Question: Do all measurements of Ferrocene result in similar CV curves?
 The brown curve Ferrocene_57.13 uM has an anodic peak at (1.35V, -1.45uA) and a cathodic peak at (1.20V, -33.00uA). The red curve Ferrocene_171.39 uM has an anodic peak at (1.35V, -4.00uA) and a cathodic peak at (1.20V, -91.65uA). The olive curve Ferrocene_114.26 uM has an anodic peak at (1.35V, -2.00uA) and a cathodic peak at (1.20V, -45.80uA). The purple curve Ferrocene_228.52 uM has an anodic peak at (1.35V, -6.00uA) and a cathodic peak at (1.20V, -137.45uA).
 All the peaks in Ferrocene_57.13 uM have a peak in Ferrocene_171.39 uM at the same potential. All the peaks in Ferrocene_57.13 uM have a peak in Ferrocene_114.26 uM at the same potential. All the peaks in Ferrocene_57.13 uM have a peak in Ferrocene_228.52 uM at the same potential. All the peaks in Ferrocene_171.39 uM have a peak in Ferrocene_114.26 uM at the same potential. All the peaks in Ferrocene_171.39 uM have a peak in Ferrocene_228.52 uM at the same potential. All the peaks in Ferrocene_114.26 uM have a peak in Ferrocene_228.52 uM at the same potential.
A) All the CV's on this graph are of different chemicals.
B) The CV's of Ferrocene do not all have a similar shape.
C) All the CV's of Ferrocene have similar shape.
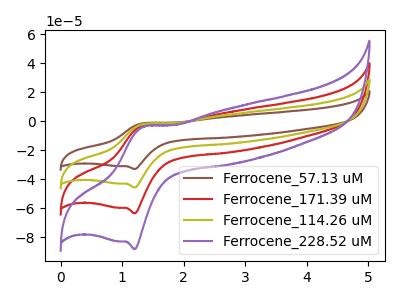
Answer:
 <answer>C) All the CV's of "Ferrocene" have similar shape.</answer>
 <eval>C</eval>